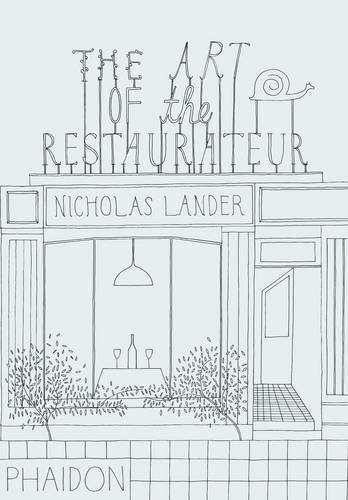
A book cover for The Art of the Restaurateur; Nicholas Lander; Cookbooks, Food & Wine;